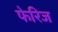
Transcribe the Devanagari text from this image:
फेरिज